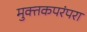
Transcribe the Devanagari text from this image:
मुक्तकपरंपरा